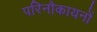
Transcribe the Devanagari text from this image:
परिनौकायनों